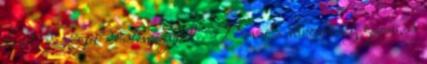
kezd, de végül döntésre jutott. Mivel a városőrség gyorsan